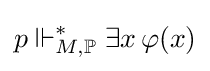
p\Vdash _{M,\mathbb {P} }^{*}\exists x\,\varphi (x)